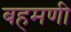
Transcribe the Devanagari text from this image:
बहमणी